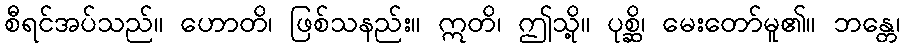
စီရင်အပ်သည်။ ဟောတိ၊ ဖြစ်သနည်း။ ဣတိ၊ ဤသို့။ ပုစ္ဆိ၊ မေးတော်မူ၏။ ဘန္တေ၊